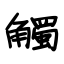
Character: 觸